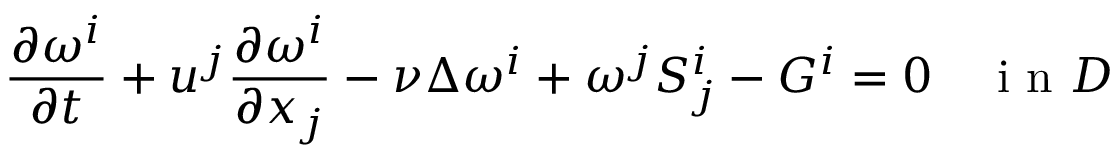
\frac { \partial \omega ^ { i } } { \partial t } + u ^ { j } \frac { \partial \omega ^ { i } } { \partial x _ { j } } - \nu \Delta \omega ^ { i } + \omega ^ { j } S _ { j } ^ { i } - G ^ { i } = 0 \quad \textrm { i n } D